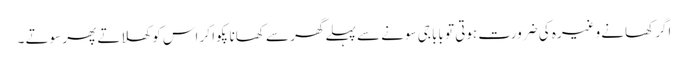
اگر کھانے وغیرہ کی ضرورت ہوتی تو بابا جی سونے سے پہلے گھر سے کھانا پکوا کر اس کو کھلاتے پھر سوتے ۔